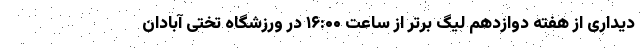
دیداری از هفته دوازدهم لیگ برتر از ساعت ۱۶:۰۰ در ورزشگاه تختی آبادان